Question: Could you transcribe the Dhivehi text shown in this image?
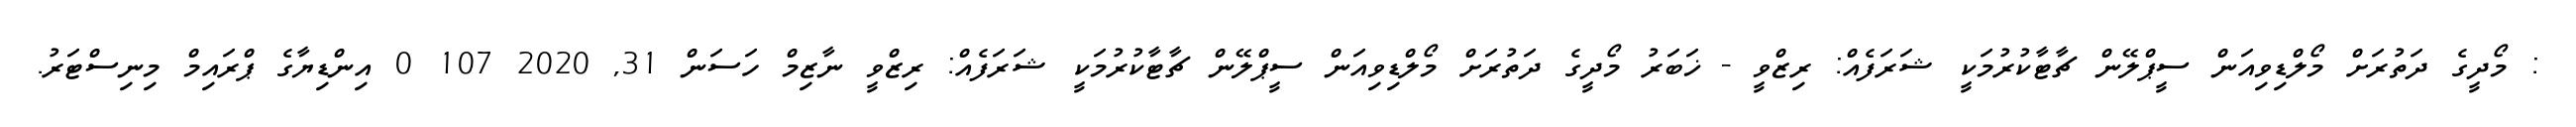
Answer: : މޯދީގެ ދަތުރަށް މޯލްޑިވިއަން ސީޕްލޭން ޗާޓާކުރުމަކީ ޝަރަފެއް: ރިޒްވީ - ޚަބަރު މޯދީގެ ދަތުރަށް މޯލްޑިވިއަން ސީޕްލޭން ޗާޓާކުރުމަކީ ޝަރަފެއް: ރިޒްވީ ނާޒިމް ހަސަން 31, 2020 107 0 އިންޑިޔާގެ ޕްރައިމް މިނިސްޓަރު.